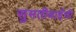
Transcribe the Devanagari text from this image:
सुमतीबाईंची